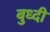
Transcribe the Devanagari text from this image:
बुध्‍दी